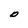
Character: O